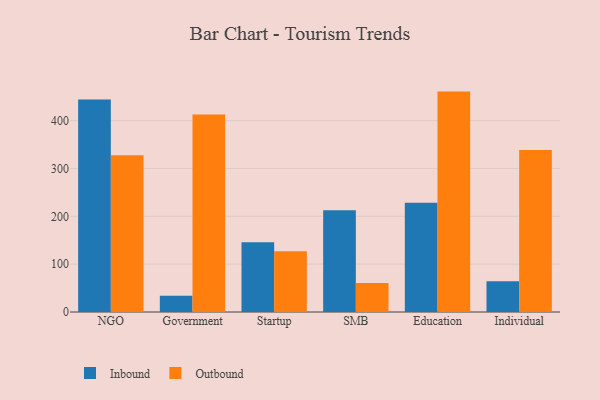
{"axis": {"x": "Segment", "y": "Revenue (USD Million)"}, "legend": ["Inbound", "Outbound"], "data": [{"x": "NGO", "y": 444.3, "type": "Inbound"}, {"x": "NGO", "y": 327.4, "type": "Outbound"}, {"x": "Government", "y": 34.2, "type": "Inbound"}, {"x": "Government", "y": 412.7, "type": "Outbound"}, {"x": "Startup", "y": 145.6, "type": "Inbound"}, {"x": "Startup", "y": 126.8, "type": "Outbound"}, {"x": "SMB", "y": 212.9, "type": "Inbound"}, {"x": "SMB", "y": 60.8, "type": "Outbound"}, {"x": "Education", "y": 228.3, "type": "Inbound"}, {"x": "Education", "y": 460.7, "type": "Outbound"}, {"x": "Individual", "y": 64.3, "type": "Inbound"}, {"x": "Individual", "y": 338.5, "type": "Outbound"}]}